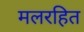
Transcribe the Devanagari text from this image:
मलरहित